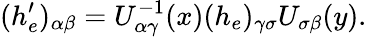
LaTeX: (h_{e}^{\prime})_{\alpha\beta}=U_{\alpha\gamma}^{-1}(x)(h_{e})_{\gamma\sigma}U_{\sigma\beta}(y).